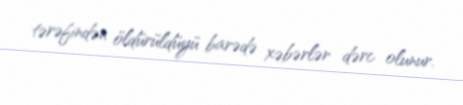
tərəfindən öldürüldüyü barədə xəbərlər dərc olunur.